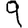
Digit: 9